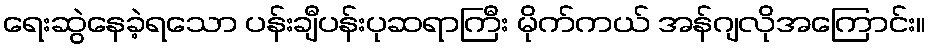
ရေးဆွဲနေခဲ့ရသော ပန်းချီပန်းပုဆရာကြီး မိုက်ကယ် အန်ဂျလိုအကြောင်း။